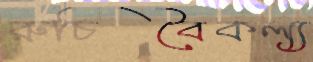
রুচিবৈকল্য